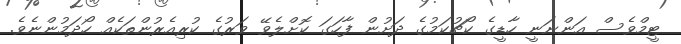
ޓީމްވެސް އަންނަނީ ހާޑީގެ ކޯޗުކަމުގެ ދަށުން ފާހަގަ ކޮށްލެވޭ ވަރުގެ ކުރިއެރުންތަކެއް ހޯދަމުންނެވެ.